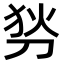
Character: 𠜓